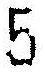
5